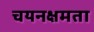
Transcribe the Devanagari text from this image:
चयनक्षमता